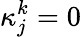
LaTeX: \kappa_{j}^{k}=0